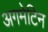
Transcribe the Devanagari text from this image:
अगमेटिन